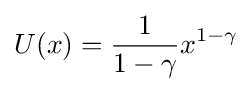
U(x)={\frac {1}{1-\gamma }}x^{1-\gamma }